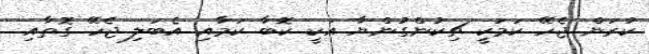
ކުރަން ޖެހޭ ކަމަކީ ޗިކުންގުންޔާ އަކީ ކޮބާ ކަމާއި އެބަލި ޖެހޭ ގޮތާއި